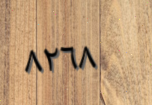
٨٢٦٨